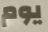
يوم